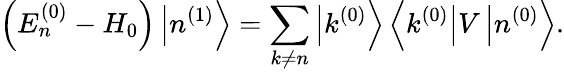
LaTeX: \left(E_{n}^{(0)}-H_{0}\right)\left|n^{(1)}\right\rangle=\sum_{k\neq n}\left|k^{(0)}\right\rangle\left\langle k^{(0)}\right|V\left|n^{(0)}\right\rangle.